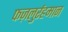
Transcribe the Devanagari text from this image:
फज़लुर्रहमान